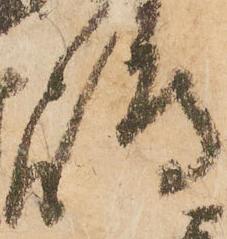
嶋